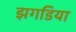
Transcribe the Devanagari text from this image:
झगडिया